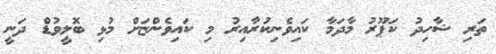
ތަރި ޝާހިދު ކަޕޫރު މާދަމާ ކައިވެނިކުރާއިރު މި ކައިވެންޏަށް މުޅި ބޮލީވުޑް ދަނީ